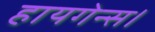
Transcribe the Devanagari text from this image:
हायगेन्स।